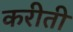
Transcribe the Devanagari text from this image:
करीती